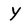
Character: Y